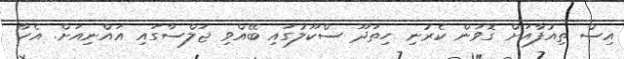
އިސް ތިއުފާއަށް ގޮވަން ކެރުނި ހިތަދޫ ސްކޫލުގައި ބޭއްވި ޖަލްސާގައި އައްނިއަށް. އެހާ